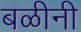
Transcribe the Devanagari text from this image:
बळीनी